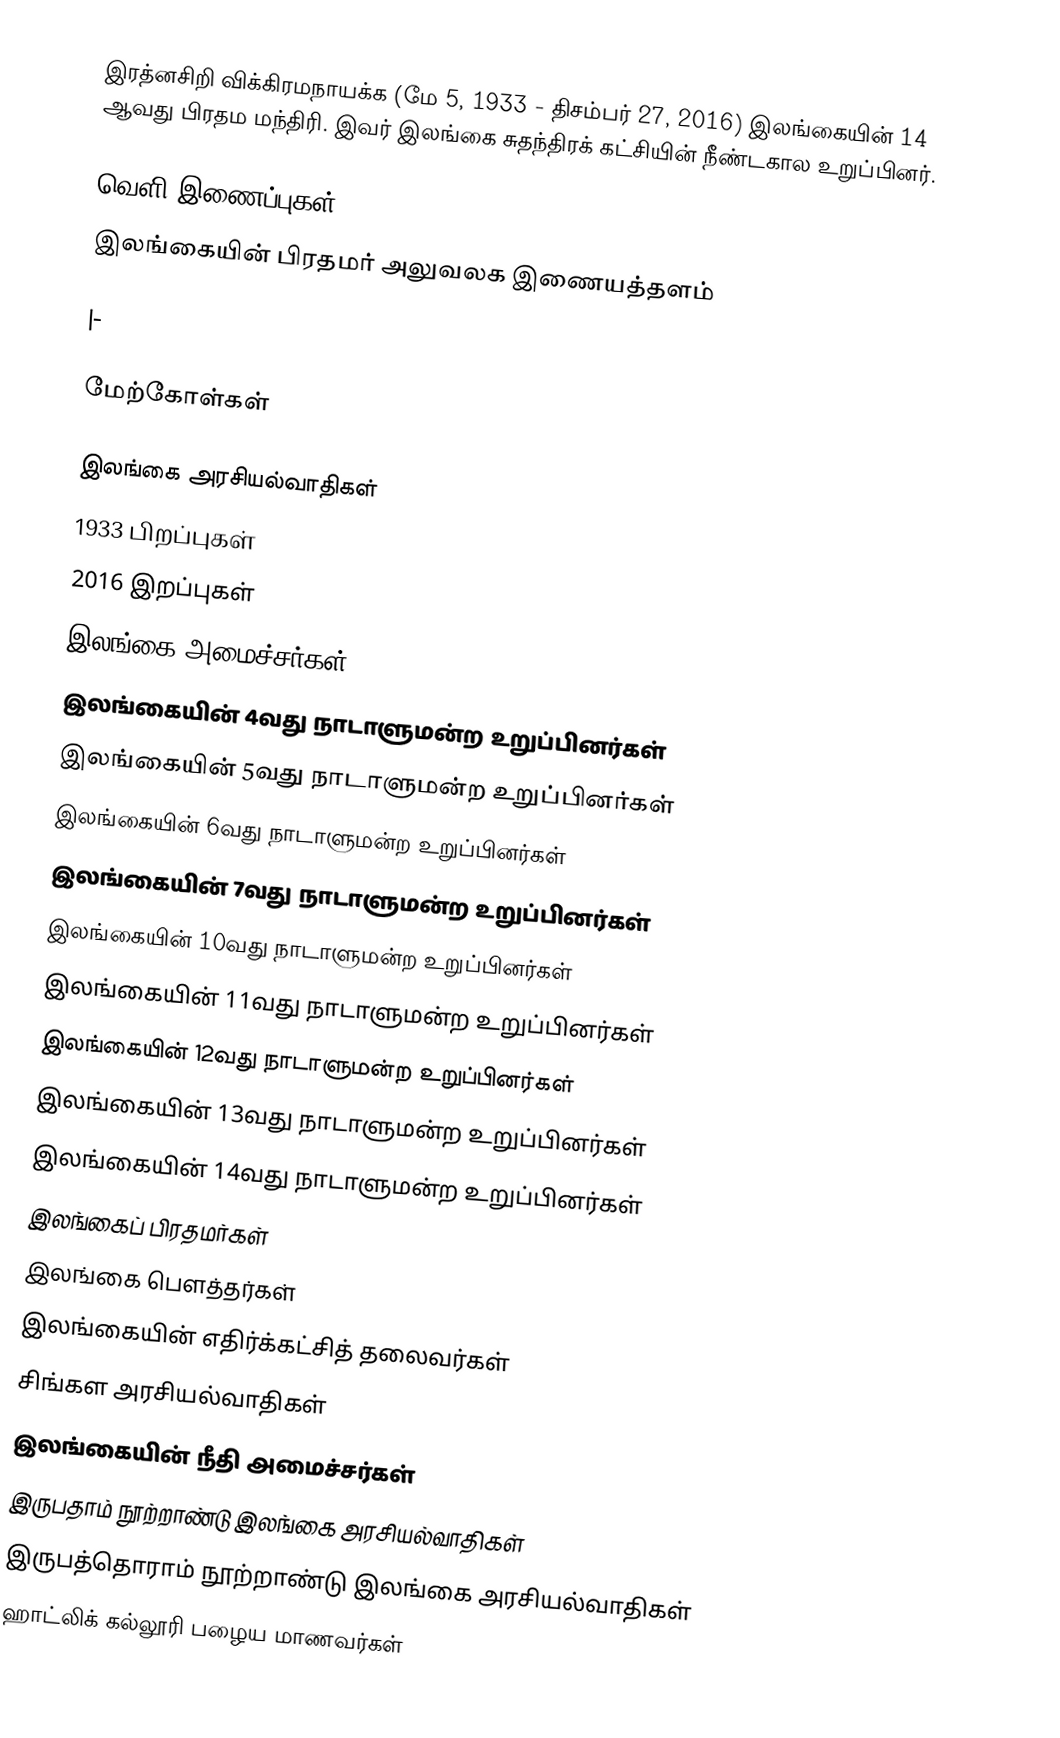
இரத்னசிறி விக்கிரமநாயக்க (மே 5, 1933 - திசம்பர் 27, 2016) இலங்கையின் 14 ஆவது பிரதம மந்திரி. இவர் இலங்கை சுதந்திரக் கட்சியின் நீண்டகால உறுப்பினர்.

வெளி இணைப்புகள்
இலங்கையின் பிரதமர் அலுவலக இணையத்தளம்

|-

மேற்கோள்கள்

இலங்கை அரசியல்வாதிகள்
1933 பிறப்புகள்
2016 இறப்புகள்
இலங்கை அமைச்சர்கள்
இலங்கையின் 4வது நாடாளுமன்ற உறுப்பினர்கள்
இலங்கையின் 5வது நாடாளுமன்ற உறுப்பினர்கள்
இலங்கையின் 6வது நாடாளுமன்ற உறுப்பினர்கள்
இலங்கையின் 7வது நாடாளுமன்ற உறுப்பினர்கள்
இலங்கையின் 10வது நாடாளுமன்ற உறுப்பினர்கள்
இலங்கையின் 11வது நாடாளுமன்ற உறுப்பினர்கள்
இலங்கையின் 12வது நாடாளுமன்ற உறுப்பினர்கள்
இலங்கையின் 13வது நாடாளுமன்ற உறுப்பினர்கள்
இலங்கையின் 14வது நாடாளுமன்ற உறுப்பினர்கள்
இலங்கைப் பிரதமர்கள்
இலங்கை பௌத்தர்கள்
இலங்கையின் எதிர்க்கட்சித் தலைவர்கள்
சிங்கள அரசியல்வாதிகள்
இலங்கையின் நீதி அமைச்சர்கள்
இருபதாம் நூற்றாண்டு இலங்கை அரசியல்வாதிகள்
இருபத்தொராம் நூற்றாண்டு இலங்கை அரசியல்வாதிகள்
ஹாட்லிக் கல்லூரி பழைய மாணவர்கள்